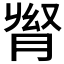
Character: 𦛬